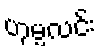
ဟုမ္မလင်း